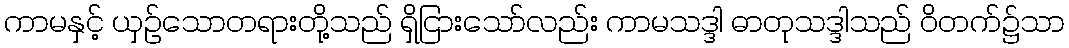
ကာမနှင့် ယှဉ်သောတရားတို့သည် ရှိငြားသော်လည်း ကာမသဒ္ဒါ ဓာတုသဒ္ဒါသည် ဝိတက်၌သာ